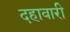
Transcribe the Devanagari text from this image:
दहावारी